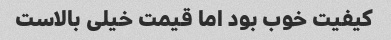
کیفیت خوب بود اما قیمت خیلی بالاست